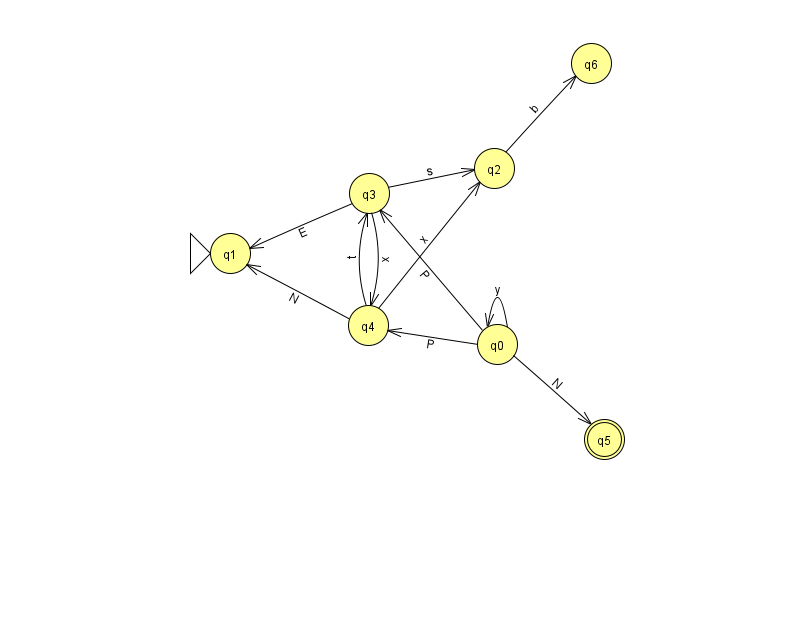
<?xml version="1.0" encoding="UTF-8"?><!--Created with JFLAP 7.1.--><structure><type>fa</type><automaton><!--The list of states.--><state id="0" name="q0"><x>497.0</x><y>331.0</y></state><state id="1" name="q1"><x>230.0</x><y>240.0</y><initial/></state><state id="2" name="q2"><x>494.0</x><y>155.0</y></state><state id="3" name="q3"><x>369.0</x><y>180.0</y></state><state id="4" name="q4"><x>368.0</x><y>312.0</y></state><state id="5" name="q5"><x>604.0</x><y>426.0</y><final/></state><state id="6" name="q6"><x>591.0</x><y>50.0</y></state><!--The list of transitions.--><transition><from>4</from><to>2</to><read>x</read></transition><transition><from>4</from><to>3</to><read>t</read></transition><transition><from>0</from><to>3</to><read>P</read></transition><transition><from>3</from><to>1</to><read>E</read></transition><transition><from>0</from><to>4</to><read>P</read></transition><transition><from>0</from><to>5</to><read>N</read></transition><transition><from>0</from><to>0</to><read>y</read></transition><transition><from>2</from><to>6</to><read>b</read></transition><transition><from>3</from><to>4</to><read>x</read></transition><transition><from>4</from><to>1</to><read>N</read></transition><transition><from>3</from><to>2</to><read>s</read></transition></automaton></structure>